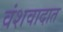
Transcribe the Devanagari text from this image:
वंशवादात